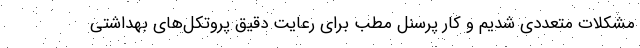
مشکلات متعددی شدیم و کار پرسنل مطب برای رعایت دقیق پروتکل‌های بهداشتی